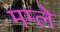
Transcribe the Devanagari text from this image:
मम्ले